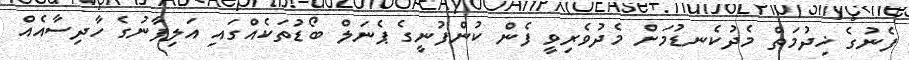
ފެނުގެ ޚިދުމަތް މެދުކެނޑުމަށް މެދުވެރިވީ ފެން ކުންފުނީގެ ޕެނަލް ބޯޑުތަކެއްގައި އަލިފާނުގެ ހާދިސާއެއް